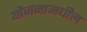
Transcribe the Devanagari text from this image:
योजनामधील